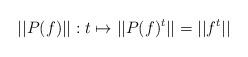
LaTeX: \begin{align*}||P(f)||: t\mapsto ||P(f)^t||=||f^t||\end{align*}